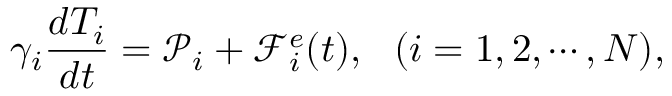
\gamma _ { i } \frac { d T _ { i } } { d t } = \mathcal P _ { i } + \mathcal F _ { i } ^ { e } ( t ) , ~ ~ ( i = 1 , 2 , \cdots , N ) ,